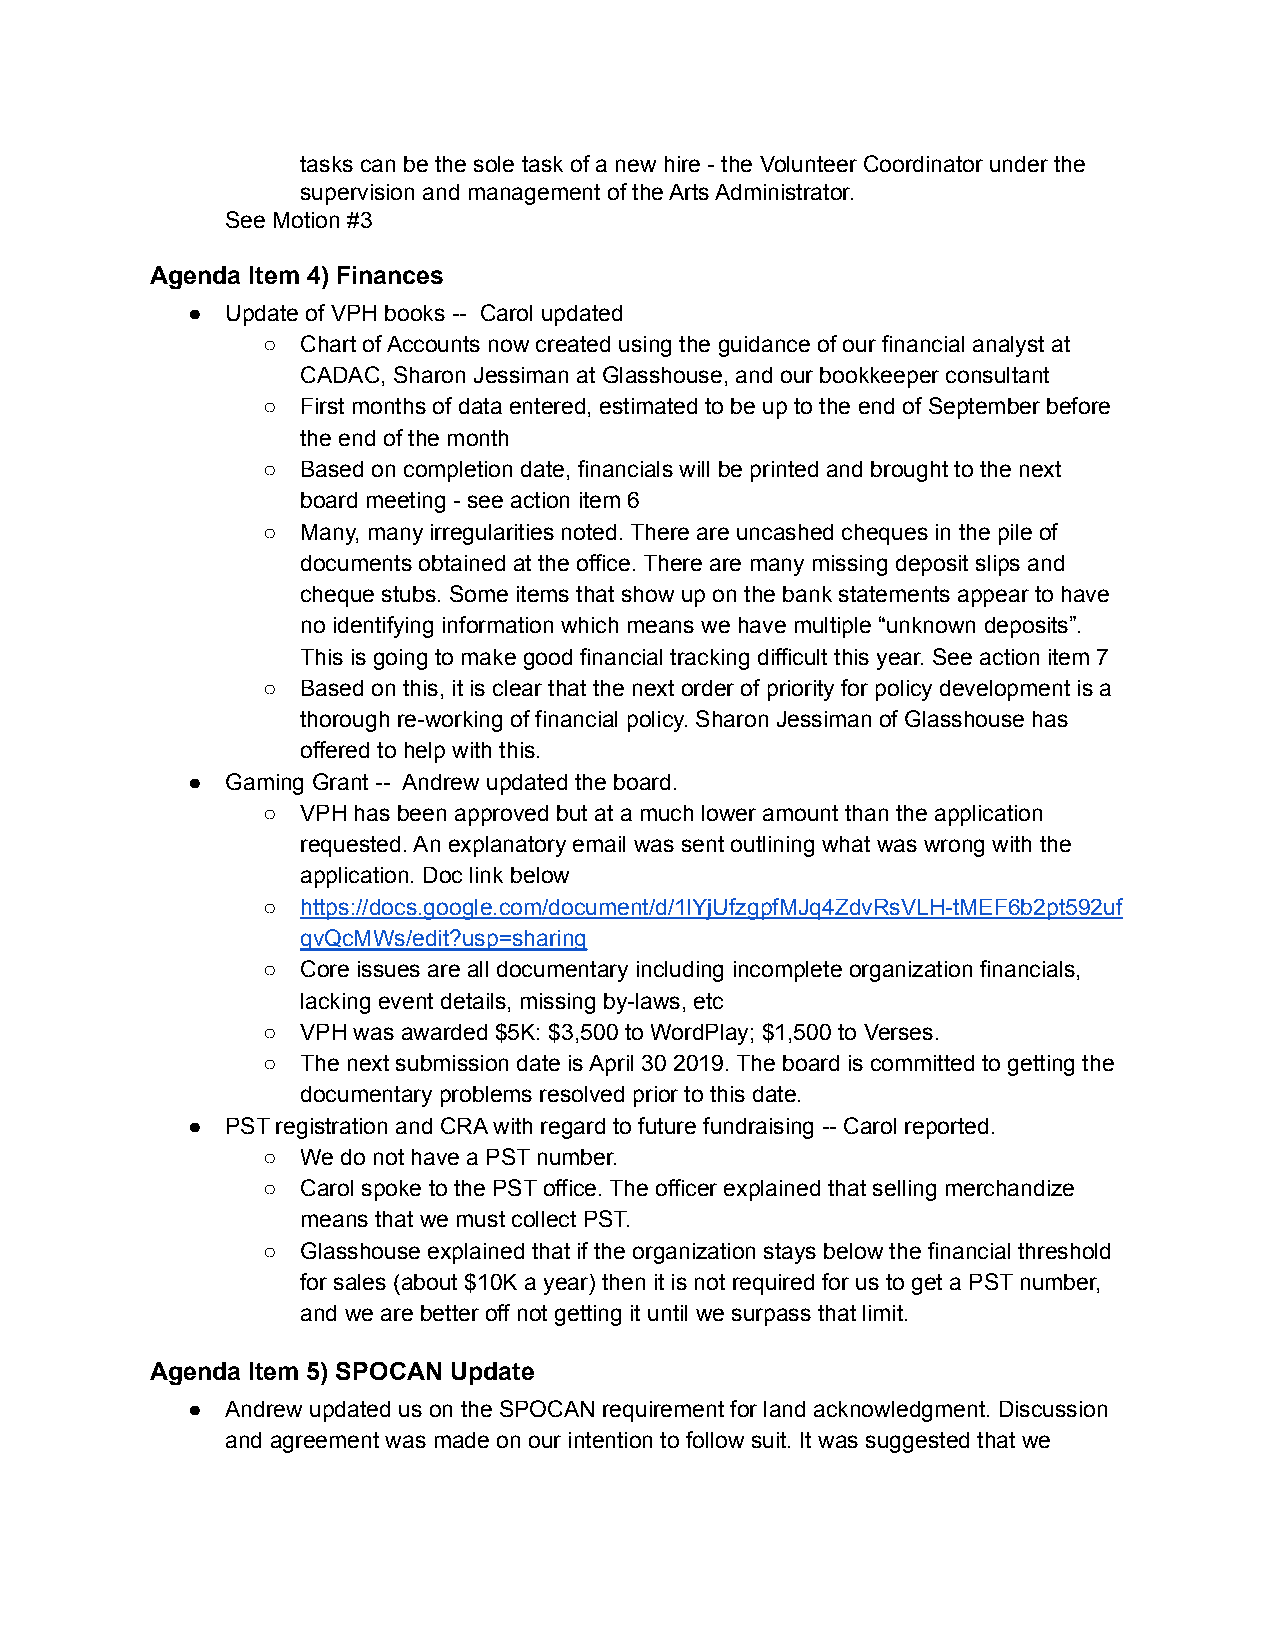
tasks can be the sole task of a new hire - the Volunteer Coordinator under the
 supervision and management of the Arts Administrator.
 See Motion #3
 Agenda Item 4) Finances
 ●  Update of VPH books -- Carol updated
 ○  Chart of Accounts now created using the guidance of our financial analyst at
 CADAC, Sharon Jessiman at Glasshouse, and our bookkeeper consultant
 ○  First months of data entered, estimated to be up to the end of September before
 the end of the month
 ○  Based on completion date, financials will be printed and brought to the next
 board meeting - see action item 6
 ○  Many, many irregularities noted. There are uncashed cheques in the pile of
 documents obtained at the office. There are many missing deposit slips and
 cheque stubs. Some items that show up on the bank statements appear to have
 no identifying information which means we have multiple “unknown deposits”.
 This is going to make good financial tracking difficult this year. See action item 7
 ○  Based on this, it is clear that the next order of priority for policy development is a
 thorough re-working of financial policy. Sharon Jessiman of Glasshouse has
 offered to help with this.
 ●  Gaming Grant -- Andrew updated the board.
 ○  VPH has been approved but at a much lower amount than the application
 requested. An explanatory email was sent outlining what was wrong with the
 application. Doc link below
 ○  https://docs.google.com/document/d/1lYjUfzgpfMJq4ZdvRsVLH-tMEF6b2pt592uf
 qvQcMWs/edit?usp=sharing
 ○  Core issues are all documentary including incomplete organization financials,
 lacking event details, missing by-laws, etc
 ○  VPH was awarded $5K: $3,500 to WordPlay; $1,500 to Verses.
 ○  The next submission date is April 30 2019. The board is committed to getting the
 documentary problems resolved prior to this date.
 ●  PST registration and CRA with regard to future fundraising -- Carol reported.
 ○  We do not have a PST number.
 ○  Carol spoke to the PST office. The officer explained that selling merchandize
 means that we must collect PST.
 ○  Glasshouse explained that if the organization stays below the financial threshold
 for sales (about $10K a year) then it is not required for us to get a PST number,
 and we are better off not getting it until we surpass that limit.
 Agenda Item 5) SPOCAN Update
 ●  Andrew updated us on the SPOCAN requirement for land acknowledgment. Discussion
 and agreement was made on our intention to follow suit. It was suggested that we